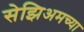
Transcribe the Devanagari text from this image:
सेझिअमच्या